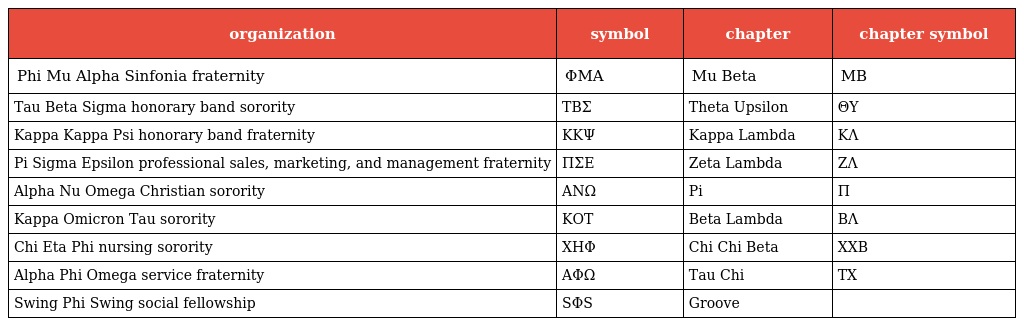
| organization | symbol | chapter | chapter symbol |
 | --- | --- | --- | --- |
 | Phi Mu Alpha Sinfonia fraternity | ΦΜΑ | Mu Beta | ΜΒ |
 | Tau Beta Sigma honorary band sorority | ΤΒΣ | Theta Upsilon | ΘΥ |
 | Kappa Kappa Psi honorary band fraternity | ΚΚΨ | Kappa Lambda | ΚΛ |
 | Pi Sigma Epsilon professional sales, marketing, and management fraternity | ΠΣΕ | Zeta Lambda | ΖΛ |
 | Alpha Nu Omega Christian sorority | ΑΝΩ | Pi | Π |
 | Kappa Omicron Tau sorority | ΚΟΤ | Beta Lambda | BΛ |
 | Chi Eta Phi nursing sorority | ΧΗΦ | Chi Chi Beta | ΧΧΒ |
 | Alpha Phi Omega service fraternity | ΑΦΩ | Tau Chi | ΤΧ |
 | Swing Phi Swing social fellowship | SΦS | Groove |  |